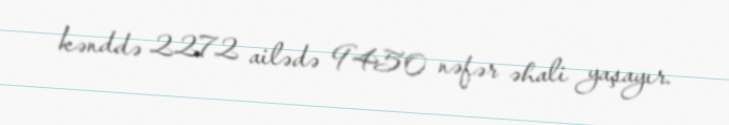
kənddə 2272 ailədə 9450 nəfər əhali yaşayır.